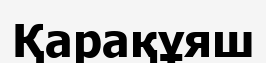
Қарақұяш